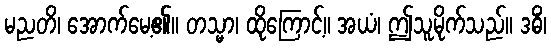
မညတိ၊ အောက်မေ့၏။ တသ္မာ၊ ထိုကြောင့်။ အယံ၊ ဤသူမိုက်သည်။ ဒဓိံ၊